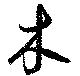
木